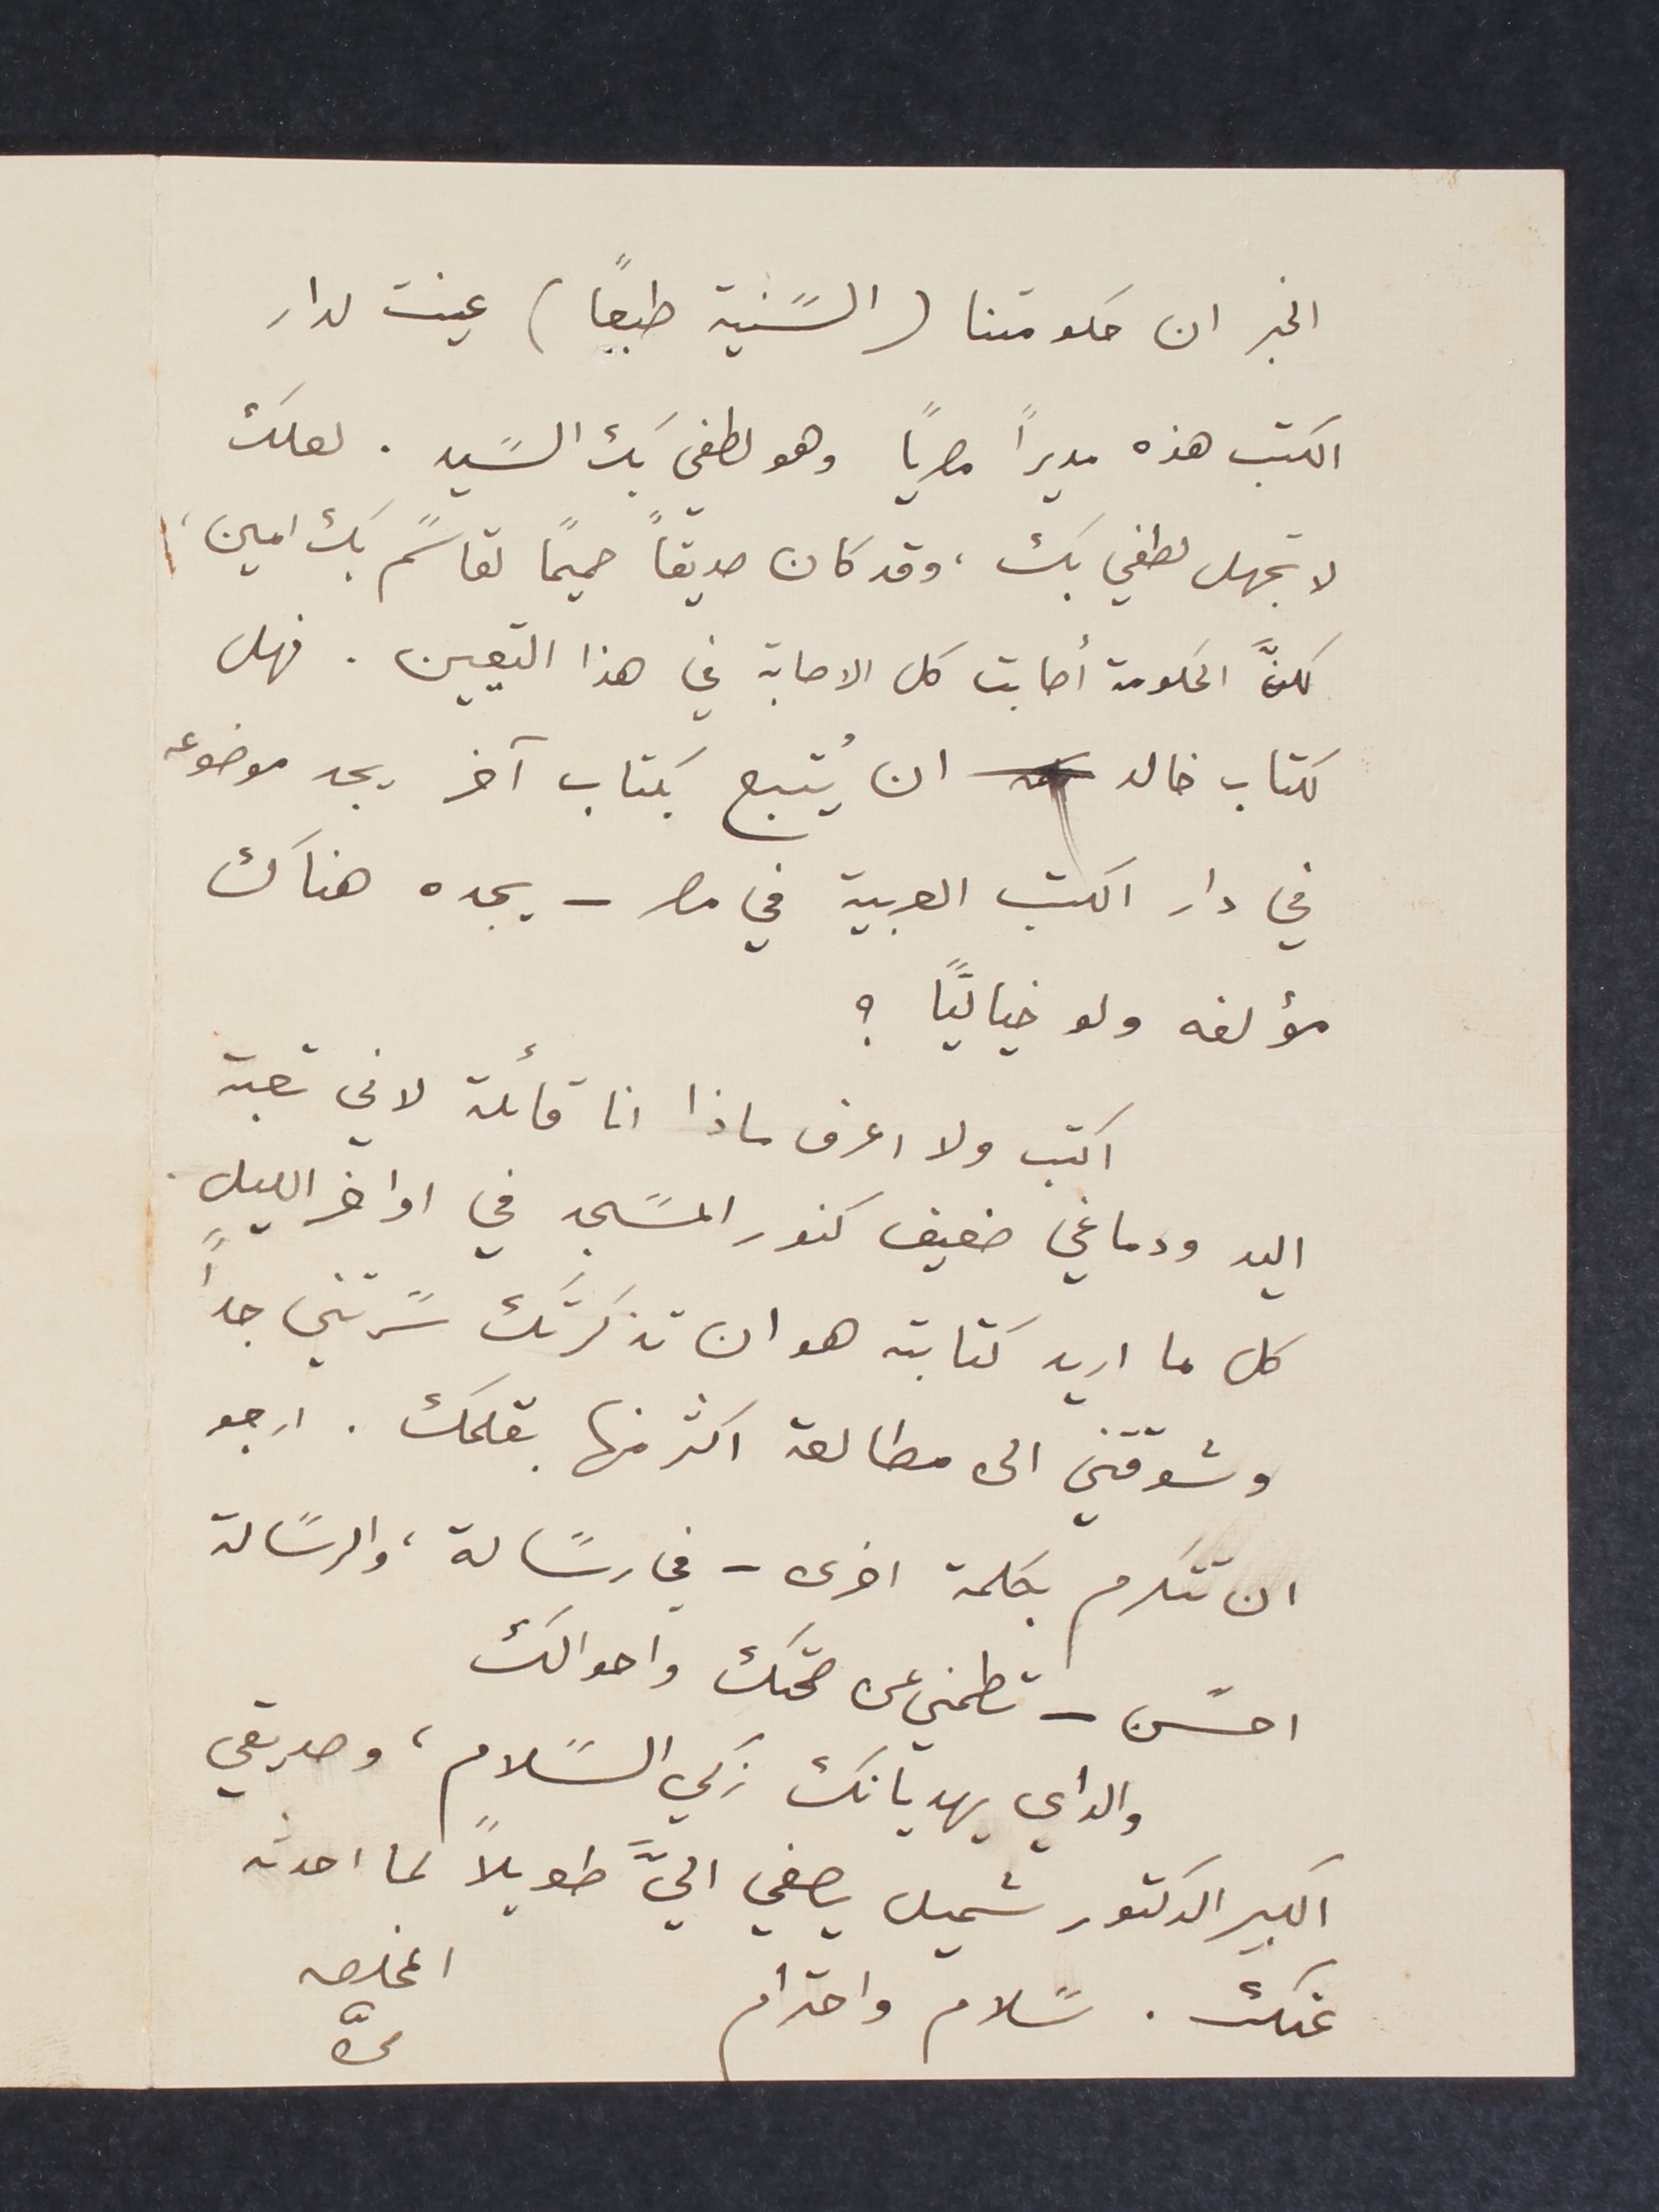
الخبر ان حكومتنا (السًنية طبعاً) عينت لدار
الكتب هذه مديراً مصرياً وهو لطفي بك السًيد. لعلك
لا تجهل لطفي بك، وقد كان صديقاً حميماً لقاسمً بك امين،
لكنَّ الحكومة أصابت كل الاصابة في هذا التعيين. فهل
لكتاب خالد ان يُتبع بكتاب آخر يجد موضوعه
في دار الكتب العربية في مصر – يجده هناك
مؤلفه ولو خيالَياً؟
اكتب ولا اعرف ماذا انا قائلة لاني تعبة
اليد ودماغي ضعيف كنور المسًجد في اواخر الليل.
كل ما اريد كتابته هو ان تذكرتك سًرتني جداً
وشوقتني الى مطالعة اكثر منها بقلمك. ارجو
ان تتكرم بكلمة اخرى – في رسًالة، والرسًالة
احسًن – تطمني عن صحتك واحوالك
والداي يهديانك زكي السًلام، وصديقي
الكبير الدكتور شميل يصغي اليَّ طويلاً لما احدثه
عنك. سًلام واحترام 				المخلصه مىّ